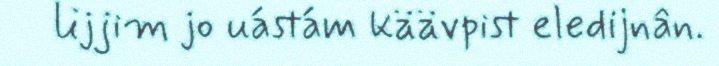
lijjim jo uástám käävpist eledijnân.